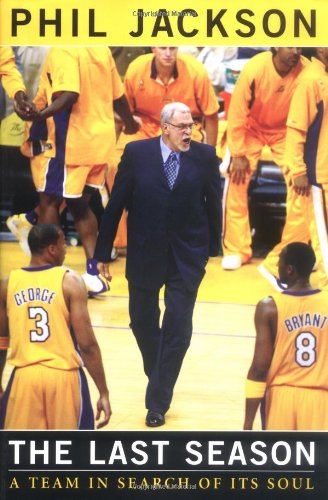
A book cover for The Last Season: A Team In Search of Its Soul; Phil Jackson; Sports & Outdoors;